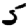
Digit: 5